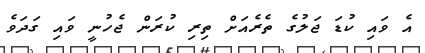
އެ ވައި ކުޑަ ޖަލުގެ ތެރެއަށް ތިރި ކުރަން ޖެހުނީ ވައި ގަދަވެ